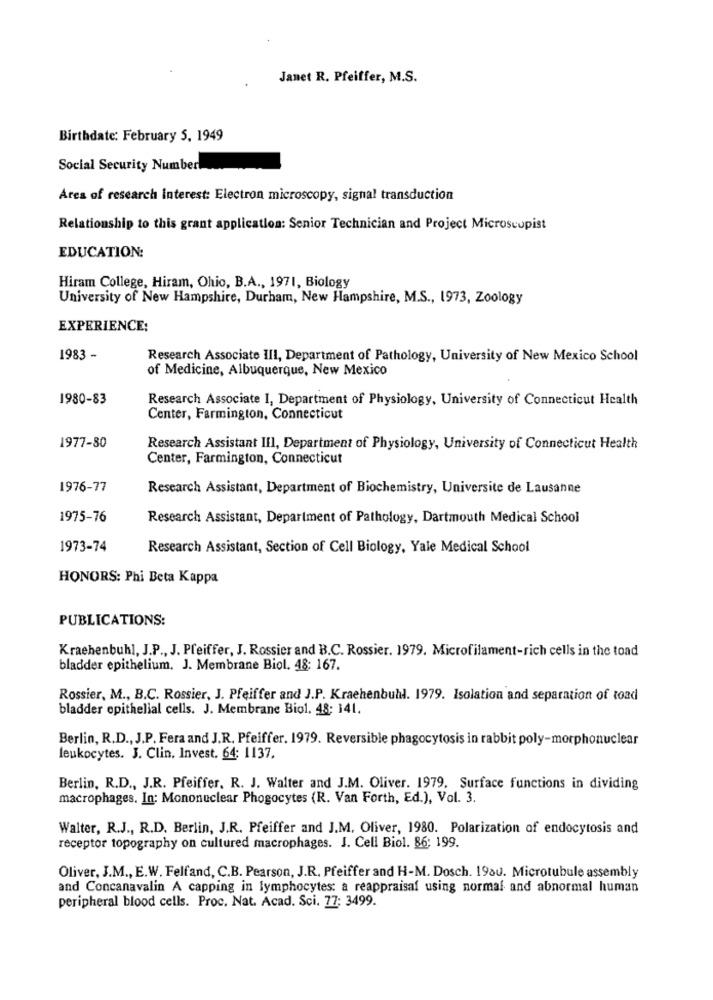
Janet R. Pfeiffer, M.S.
Birthdate: February 5, 1949
Social Security Number
Area of research interest: Electron microscopy, signal transduction
Relationship to this grant application: Senior Technician and Project Microscopist
EDUCATION:
Hiram College, Hiram, Ohio, B.A ., 1971, Biology
University of New Hampshire, Durham, New Hampshire, M.S ., 1973, Zoology
EXPERIENCE:
1983 -
Research Associate III, Department of Pathology, University of New Mexico School
of Medicine, Albuquerque, New Mexico
1980-83
Research Associate I, Department of Physiology, University of Connecticut Health
Center, Farmington, Connecticut
1977-80
Research Assistant III, Department of Physiology, University of Connecticut Health
Center, Farmington, Connecticut
1976-77
Research Assistant, Department of Biochemistry, Universite de Lausanne
1975-76
Research Assistant, Department of Pathology, Dartmouth Medical School
1973-74
Research Assistant, Section of Cell Biology, Yale Medical School
HONORS: Phi Beta Kappa
PUBLICATIONS:
Krachenbuhl, J.P ., J. Pfeiffer, J. Rossier and B.C. Rossier. 1979. Microfilament-rich cells in the toad
bladder epithelium. J. Membrane Biol. 48: 167.
Rossier, M ., B.C. Rossier, J. Pfeiffer and J.P. Krachenbuhl. 1979. Isolation and separation of road
bladder epithelial cells. J. Membrane Biol, 48: 141.
Berlin, R.D ., J.P. Fera and J.R. Pfeiffer. 1979. Reversible phagocytosis in rabbit poly-morphonuclear
leukocytes. J. Clin. Invest. 64: 1137.
Berlin, R.D ., J.R. Pfeiffer, R. J. Walter and J.M. Oliver. 1979, Surface functions in dividing
macrophages. In: Mononuclear Phogocytes (R. Van Forth, Ed.), Vol. 3.
Walter, R.J ., R.D. Berlin, J.R. Pfeiffer and J.M, Oliver, 1980. Polarization of endocytosis and
receptor topography on cultured macrophages. J. Cell Biol. 86: 199.
Oliver, J.M ., E.W. Felfand, C.B. Pearson, J.R. Pfeiffer and H-M. Dosch. 19au. Microtubule assembly
and Concanavalin A capping in lymphocytes: a reappraisal using normal and abnormal human
peripheral blood cells. Proc, Nat. Acad. Sci. 77: 3499.